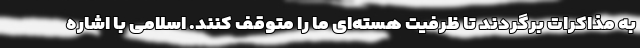
به مذاکرات برگردند تا ظرفیت هسته‌ای ما را متوقف کنند. اسلامی با اشاره